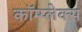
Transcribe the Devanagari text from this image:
कॉम्‍प्‍लेक्‍स